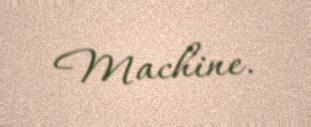
Machine.